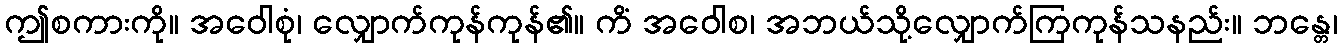
ဤစကားကို။ အဝေါစုံ၊ လျှောက်ကုန်ကုန်၏။ ကိံ အဝေါစ၊ အဘယ်သို့လျှောက်ကြကုန်သနည်း။ ဘန္တေ၊